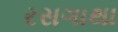
રસગાથા